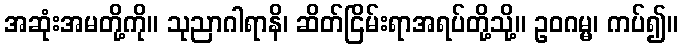
အဆုံးအမတို့ကို။ သုညာဂါရာနိ၊ ဆိတ်ငြိမ်းရာအရပ်တို့သို့။ ဥဝဂမ္မ၊ ကပ်၍။